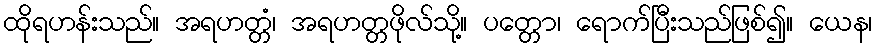
ထိုရဟန်းသည်။ အရဟတ္တံ၊ အရဟတ္တဖိုလ်သို့။ ပတ္တော၊ ရောက်ပြီးသည်ဖြစ်၍။ ယေန၊